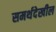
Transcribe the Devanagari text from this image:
समर्थदेखील